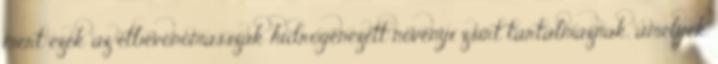
mert ezek az étbevonómasszák hidrogénezett növényi zsírt tartalmaznak, amelyek